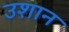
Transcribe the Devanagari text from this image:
उशान